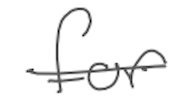
Text: for
Cross-out: single-line
Writing tool: digital_gray